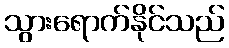
သွားရောက်နိုင်သည်